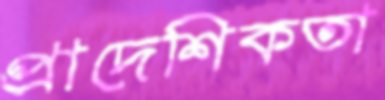
প্রাদেশিকতা